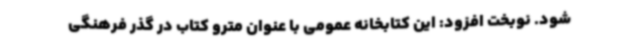
شود. نوبخت افزود: این کتابخانه عمومی با عنوان مترو کتاب در گذر فرهنگی